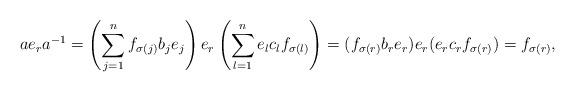
LaTeX: \begin{align*}ae_{r}a^{-1}= \left(\sum_{j=1}^{n}f_{\sigma(j)}b_{j}e_{j}\right)e_{r}\left(\sum_{l=1}^{n}e_{l}c_{l}f_{\sigma(l)}\right)= (f_{\sigma(r)}b_{r}e_{r}) e_{r} (e_{r}c_{r}f_{\sigma(r)})= f_{\sigma(r)},\end{align*}